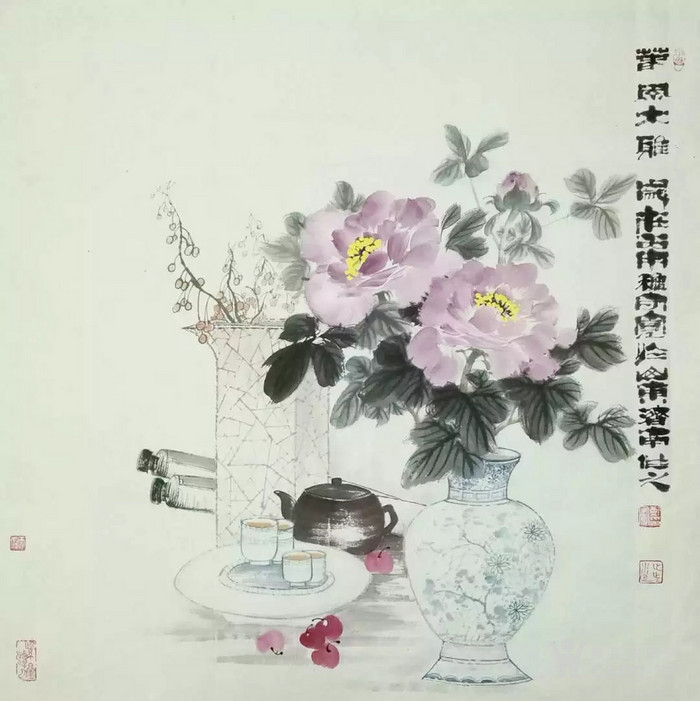
春风对青冢，白日落梁州。